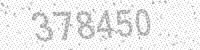
Solution: 378450